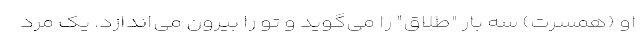
او (همسرت) سه بار "طلاق" را می‌گوید و تو را بیرون می‌اندازد. یک مرد